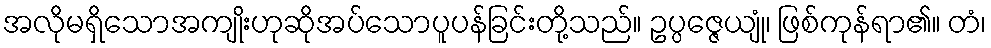
အလိုမရှိသောအကျိုးဟုဆိုအပ်သောပူပန်ခြင်းတို့သည်။ ဥပ္ပဇ္ဇေယျုံ၊ ဖြစ်ကုန်ရာ၏။ တံ၊